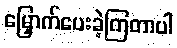
မြှောက်ပေးခဲ့ကြတာပါ